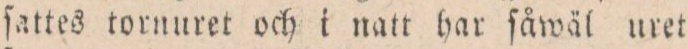
ſattes tornuret och i natt har ſåwäl uret